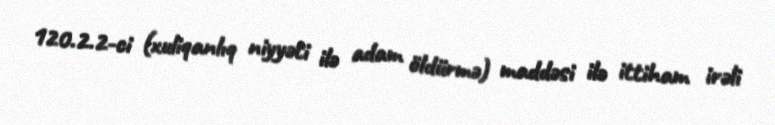
120.2.2-ci (xuliqanlıq niyyəti ilə adam öldürmə) maddəsi ilə ittiham irəli